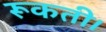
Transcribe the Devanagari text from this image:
रूकती।